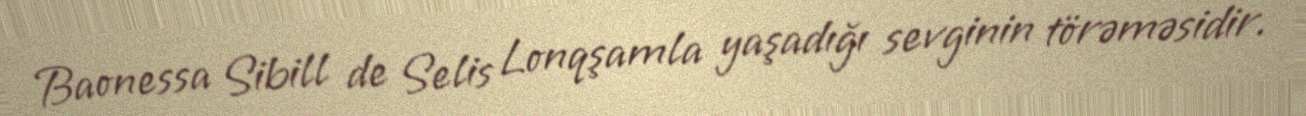
Baonessa Sibill de Selis Lonqşamla yaşadığı sevginin törəməsidir.